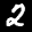
Label: 2